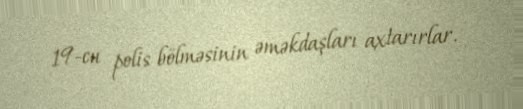
19-cu polis bölməsinin əməkdaşları axtarırlar.